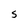
Character: S